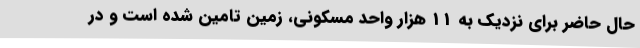
حال حاضر برای نزدیک به 11 هزار واحد مسکونی، زمین تامین شده است و در